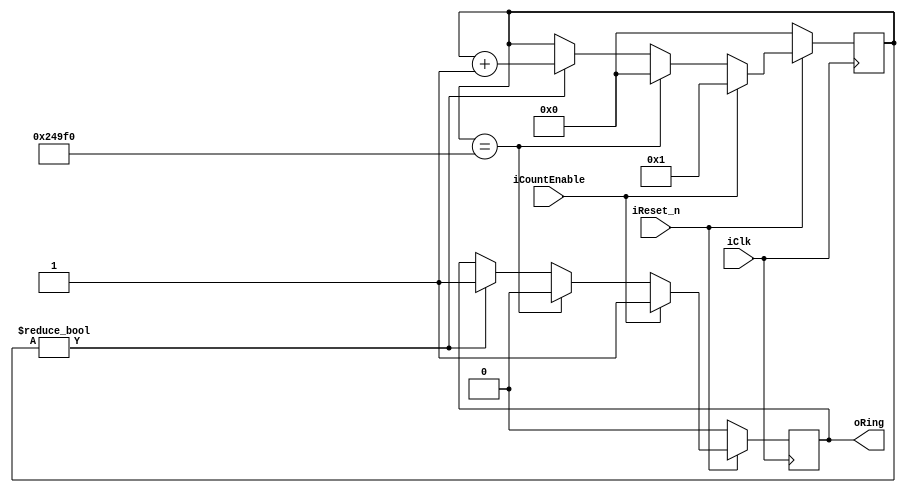
/*Provides buzzer duration count and buzzer control.*/
module BuzzerCounter (input iClk,   //clock
                      input iReset_n,   //reset signal, active low
                      input iCountEnable,   //if 0, start counting after a cycle
                      output reg oRing//if 1, note is able to play. Default to play 0.15s. 0 to stop playing
                      );
    
    parameter i = 150000;   //0.15s
    reg[20:0] count;
    always @(posedge iClk) //counter, sound lasting 0.15s in default
    begin
        if (!iReset_n)
        begin   //reset
            count <= 0;
            oRing <= 0;
        end
        else
        begin
             if (iCountEnable) //always 1
            begin
                count <= 1;
                oRing <= 1;
            end
            else    //stop after a cycle
            begin 
                if (count == i) begin   //count to 0.15s
                    count <= 0;
                    oRing <= 0;
                end
                else begin
                    if (count != 0) begin   //continue counting
                        count <= count + 1;
                        oRing <= 1;
                    end
                end
            end
            
        end
        
    end
    
endmodule